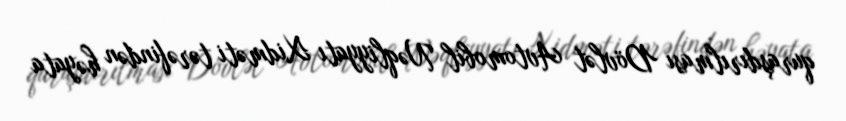
quraşdırılması Dövlət Avtomobil Nəqliyyatı Xidməti tərəfindən həyata